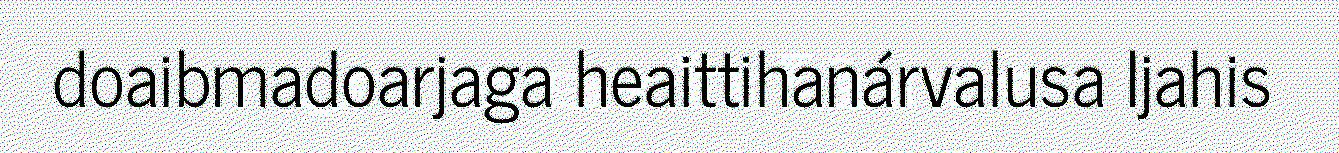
doaibmadoarjaga heaittihanárvalusa Ijahis